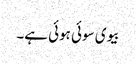
بیوی سوئی ہوئی ہے۔